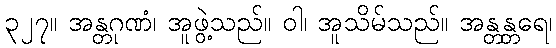
၃၂၇။ အန္တဂုဏံ၊ အူဖွဲ့သည်။ ဝါ၊ အူသိမ်သည်။ အန္တန္တရေ၊